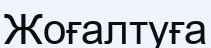
Жоғалтуға